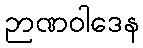
ဉာဏဝါဒေန